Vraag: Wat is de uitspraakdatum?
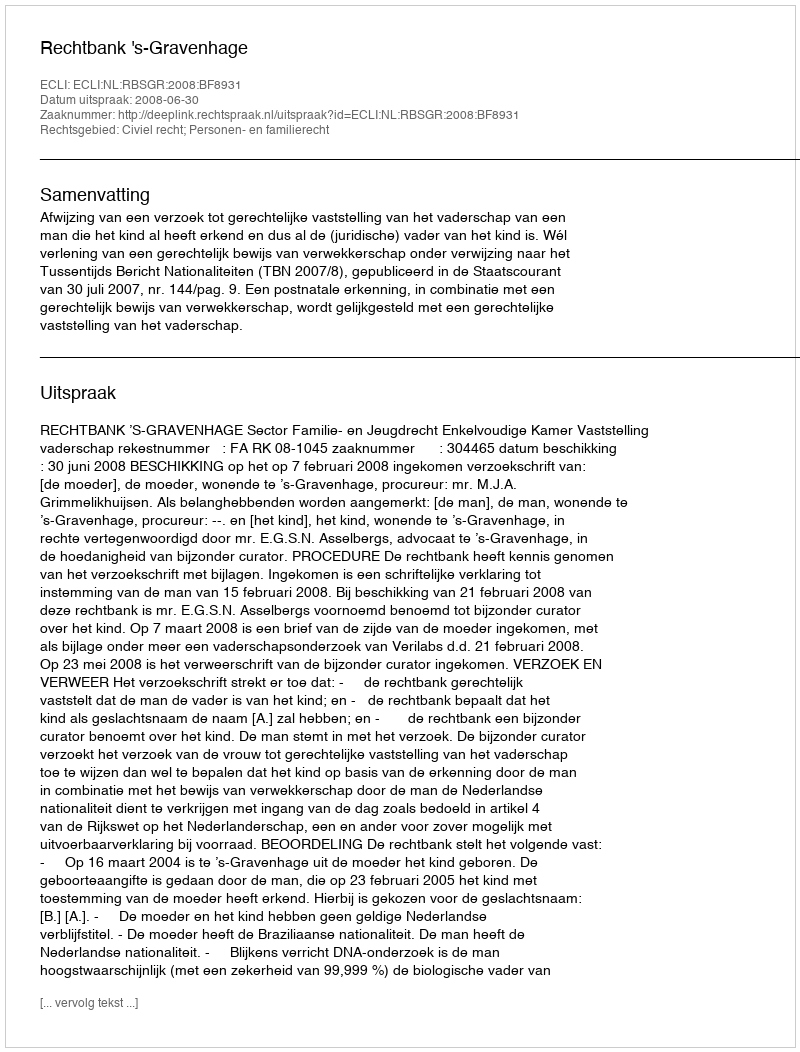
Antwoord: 2008-06-30